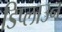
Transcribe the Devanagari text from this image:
डिप्लाउन